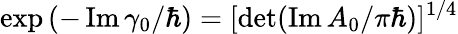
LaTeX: \exp\left(-\operatorname{Im}\gamma_{0}/\hbar\right)=[\operatorname*{d\mathrm{e}t}(\operatorname{Im}A_{0}/\pi\hbar)]^{1/4}